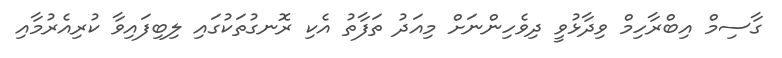
ގާސިމް އިބްރާހިމް ވިދާޅުވީ ދިވެހިންނަށް މިއަދު ތަފާތު އެކި ރޮނގުތަކުގައި ލިބިފައިވާ ކުރިއެރުމާއި